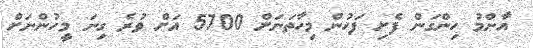
އާންމު ހިންގަން ފެށި ފަހުން މިހާތަނަށް 5700 އަށް ވުރެ ގިނަ މީހުންނަށް